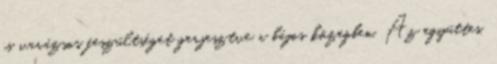
is varázsos feszültséget gerjesztve a bájos közegben. Az együttes,